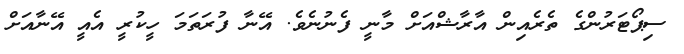
ސިޕޯޓަރުންގެ ތެރެއިން އާރާާޝްއަށް މާނީ ފެނުނެވެ. އޭނާ ފުރަތަމަ ހީކުރީ އެއީ އޭނާއަށް